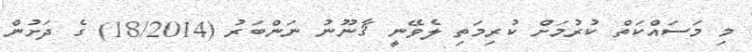
މި މަސައްކަތް ކުރުމަށް ކުރިމަތި ލެވޭނީ ޤާނޫނު ނަންބަރު (18/2014) ގެ ދަށުން